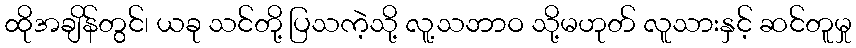
ထိုအချိန်တွင်၊ ယခု သင်တို့ ပြသကဲ့သို့ လူ့သဘာဝ သို့မဟုတ် လူသားနှင့် ဆင်တူမှု